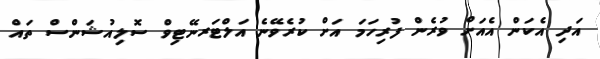
އަދި އެކަން އެއަށް ވުރެން ފުރިހަމަ އަށް ކުރެވޭނެ އަލްޓަރނޭޓިވް ސޮލިއުޝަންސް ތައް